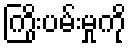
ကြိုးပမ်းမှုကို